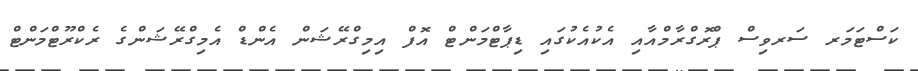
ކަސްޓަމަރ ސަރވިސް ޕްރޮގްރާމްއާއި އެކުއެކުގައި ޑިޕާޓްމަންޓް އޮފް އިމިގްރޭޝަން އެންޑް އެމިގްރޭޝަންގެ ރެކްރޫޓްމަންޓް